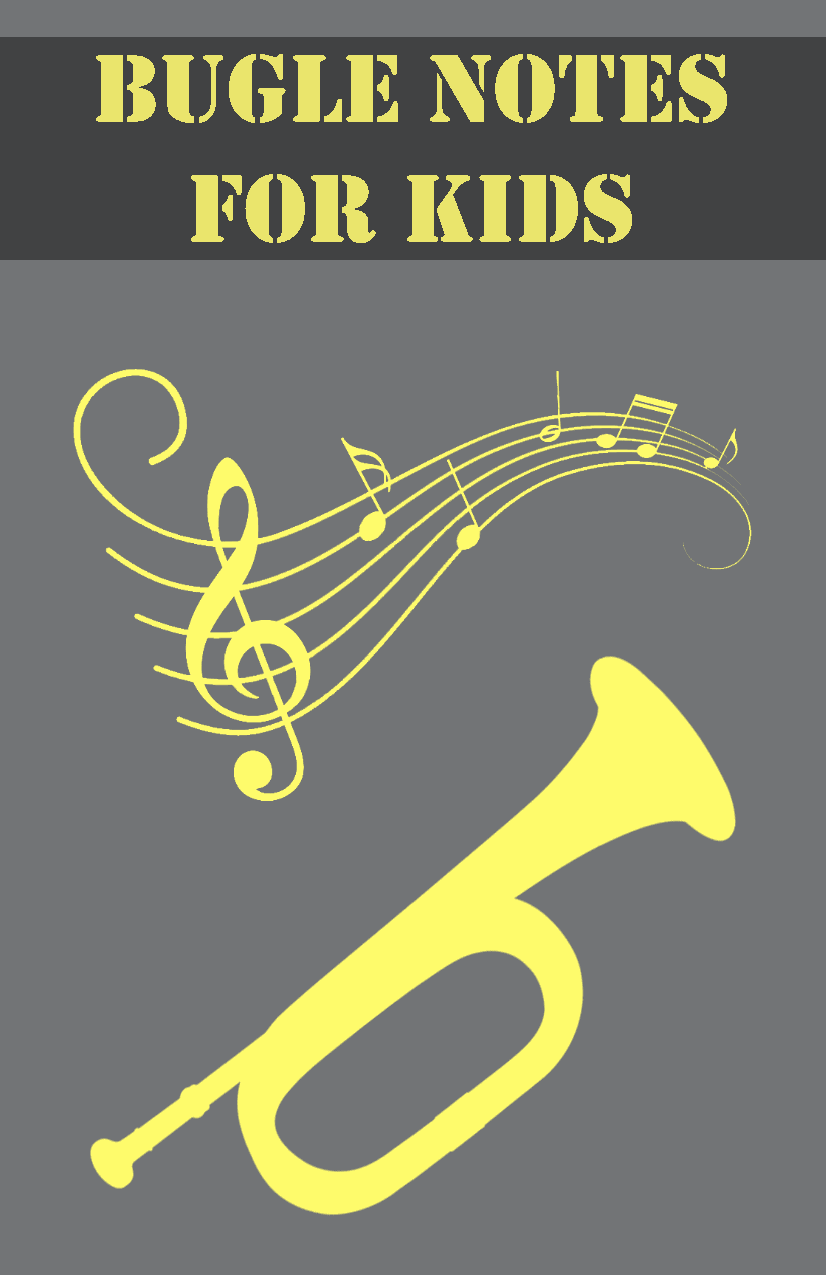
BUGLE                 NOTES
 fOr            kidS